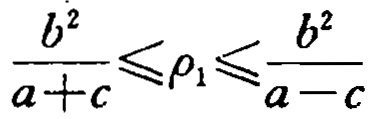
\frac{b^{2}}{a + c}\leqslant\rho_{1}\leqslant\frac{b^{2}}{a - c}